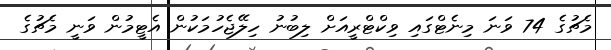
މެޗުގެ 74 ވަނަ މިނެޓްގައި ވިކްޓްރީއަށް ލިބުނު ހިލޭޖެހުމަކުން އެޓީމުން ވަނީ މެޗުގެ